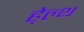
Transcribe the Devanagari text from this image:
हे़ल्थ